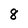
Character: 8